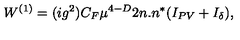
W ^ { ( 1 ) } = ( i g ^ { 2 } ) C _ { F } \mu ^ { 4 - D } 2 n . n ^ { * } ( I _ { P V } + I _ { \delta } ) ,